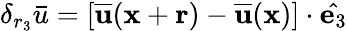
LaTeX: \delta_{r_{3}}\bar{u}=[\overline{{\mathbf{u}}}(\mathbf{x}+\mathbf{r})-\overline{{\mathbf{u}}}(\mathbf{x})]\cdot\hat{\mathbf{e}_{3}}